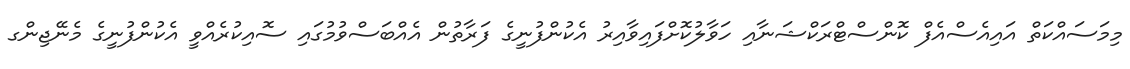
މިމަސައްކަތް އައިއެސްއެފް ކޮންސްޓްރަކްޝަނާއި ހަވާލުކޮށްފައިވާއިރު އެކުންފުނީގެ ފަރާތުން އެއްބަސްވުމުގައި ސޮއިކުރެއްވީ އެކުންފުނީގެ މެނޭޖިންގ